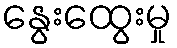
နွေးထွေးမှု